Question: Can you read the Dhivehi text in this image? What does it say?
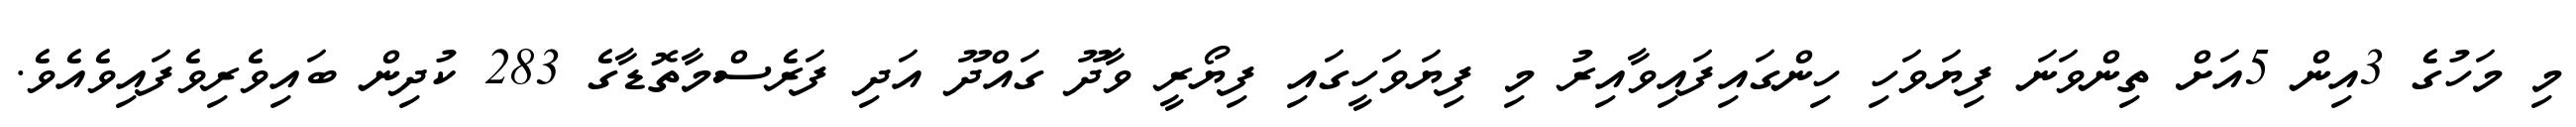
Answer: މި މަހުގެ 3އިން 5އަށް ތިންވަނަ ފިޔަވަހި ހިންގައިފައިވާއިރު މި ފިޔަވަހީގައި ފިޔޯރީ ވާދޫ ގައްދޫ އަދި ފަރެސްމާތޮޑާގެ 283 ކުދިން ބައިވެރިވެފައިވެއެވެ.